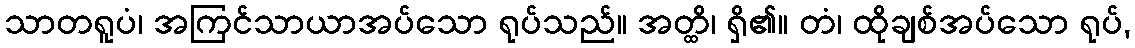
သာတရူပံ၊ အကြင်သာယာအပ်သော ရုပ်သည်။ အတ္ထိ၊ ရှိ၏။ တံ၊ ထိုချစ်အပ်သော ရုပ်,